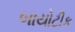
બાયોટીક